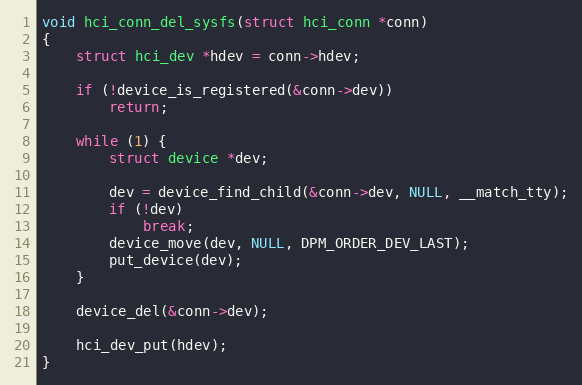
Language: C
void hci_conn_del_sysfs(struct hci_conn *conn)
{
	struct hci_dev *hdev = conn->hdev;

	if (!device_is_registered(&conn->dev))
		return;

	while (1) {
		struct device *dev;

		dev = device_find_child(&conn->dev, NULL, __match_tty);
		if (!dev)
			break;
		device_move(dev, NULL, DPM_ORDER_DEV_LAST);
		put_device(dev);
	}

	device_del(&conn->dev);

	hci_dev_put(hdev);
}